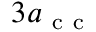
3 a _ { \mathrm { ~ c ~ c ~ } }